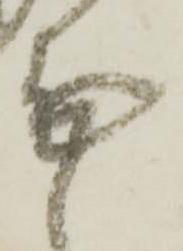
無